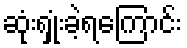
ဆုံးရှုံးခဲ့ရကြောင်း